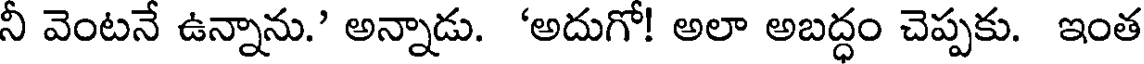
నీ వెంటనే ఉన్నాను.' అన్నాడు. 'అదుగో! అలా అబద్ధం చెప్పకు. ఇంత